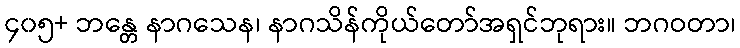
၄၀၅+ ဘန္တေ နာဂသေန၊ နာဂသိန်ကိုယ်တော်အရှင်ဘုရား။ ဘဂဝတာ၊